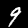
Label: 9